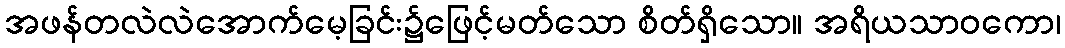
အဖန်တလဲလဲအောက်မေ့ခြင်း၌ဖြေင့်မတ်သော စိတ်ရှိသော။ အရိယသာဝကော၊